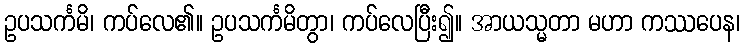
ဥပသင်္ကမိ၊ ကပ်လေ၏။ ဥပသင်္ကမိတွာ၊ ကပ်လေပြီး၍။ အာယသ္မတာ မဟာ ကဿပေန၊